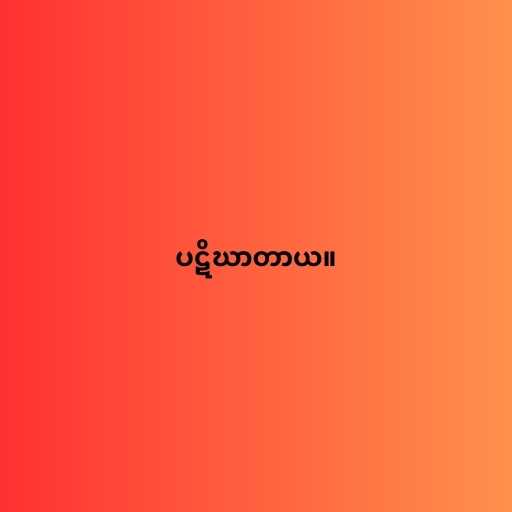
ပဋိဃာတာယ။